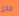
خذى